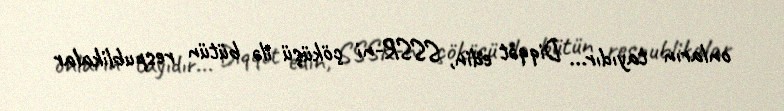
onların tayıdır... Diqqət edin, SSSR-ni çöküşü ilə bütün respublikalar